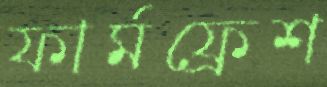
ফার্মফ্রেশ